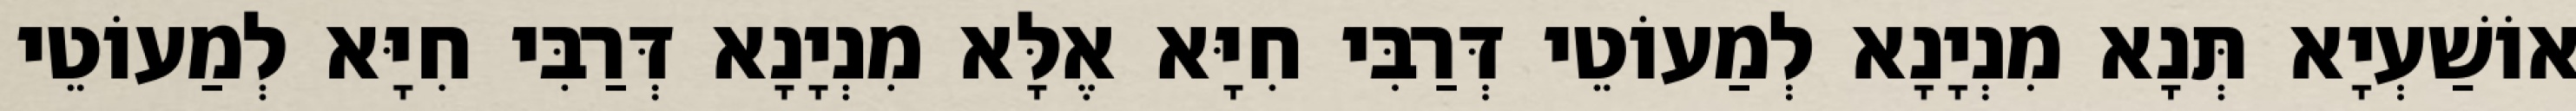
אוֹשַׁעְיָא תְּנָא מִנְיָנָא לְמַעוֹטֵי דְּרַבִּי חִיָּא אֶלָּא מִנְיָנָא דְּרַבִּי חִיָּא לְמַעוֹטֵי